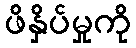
ဖိနှိပ်မှုကို